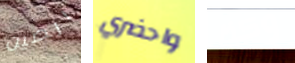
الصين واحضري وكذا